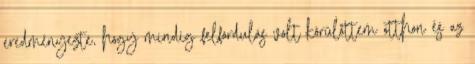
eredményezte, hogy mindig felfordulás volt körülöttem otthon és az